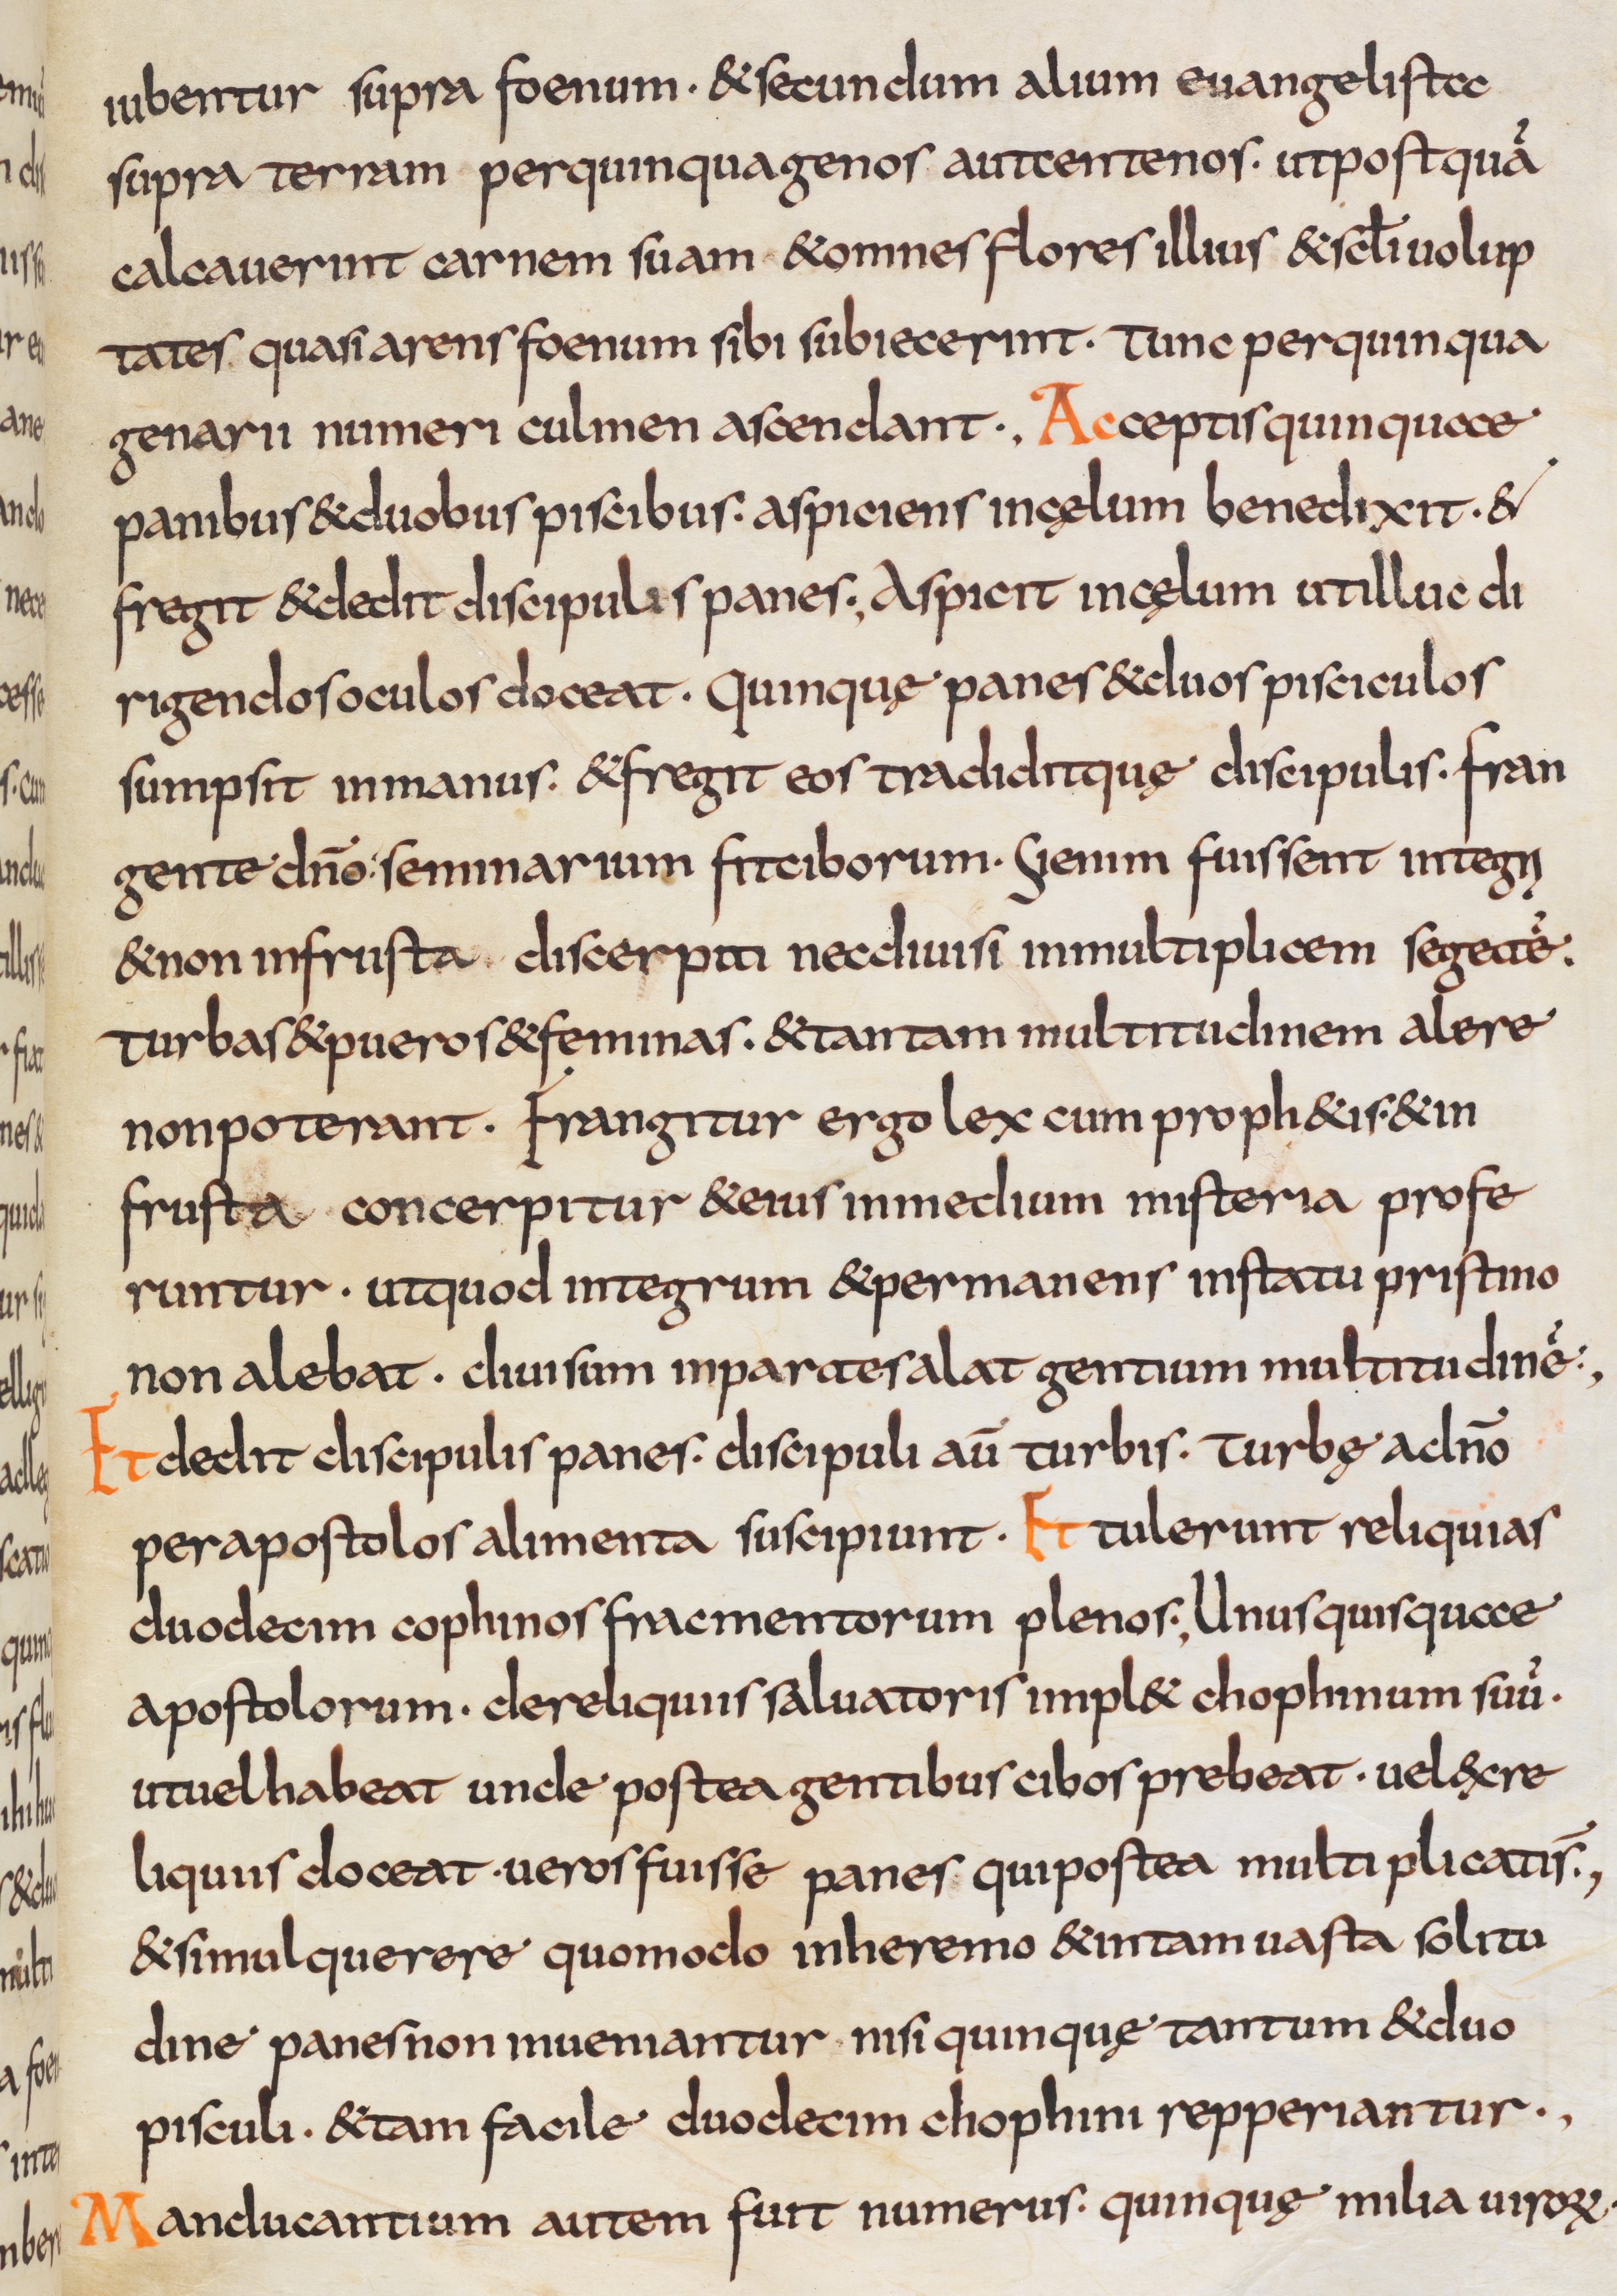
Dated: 800–832